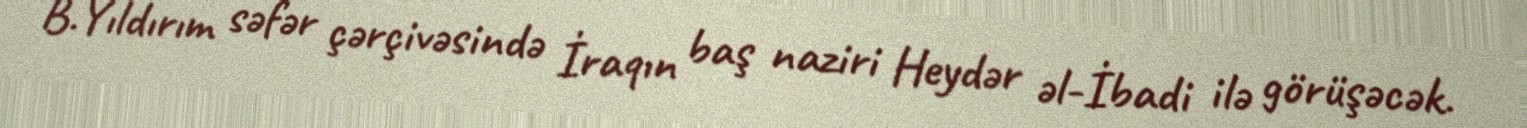
B.Yıldırım səfər çərçivəsində İraqın baş naziri Heydər əl-İbadi ilə görüşəcək.